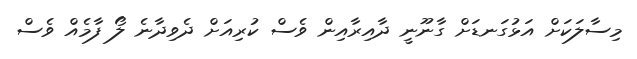
މިސާލަކަށް އަޅުގަނޑަށް ގާނޫނީ ދާއިރާއިން ވެސް ކުރިއަށް ދެވިދާނެ ލޯ ފާމެއް ވެސް